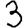
Digit: 3